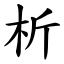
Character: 析